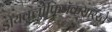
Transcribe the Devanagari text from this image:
डायक्लोफिनॅकसारखे